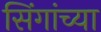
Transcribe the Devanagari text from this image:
सिंगांच्या